Problem: 3 × 5 = ?
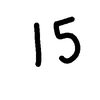
Handwritten answer: 15